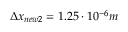
\Delta x _ { n e w 2 } = 1 . 2 5 \cdot 1 0 ^ { - 6 } m